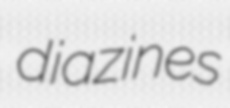
diazines